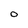
Character: O